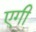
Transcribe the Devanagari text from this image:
एगी